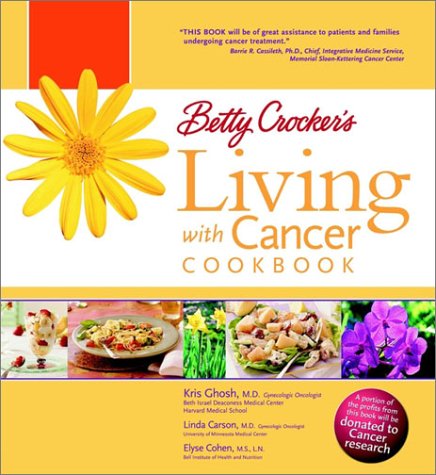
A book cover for Betty Crocker's Living with Cancer Cookbook: Easy Recipes and Tips through Treatment and Beyond; Kris Ghosh; Cookbooks, Food & Wine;